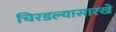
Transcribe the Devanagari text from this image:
चिरडल्यासारखे